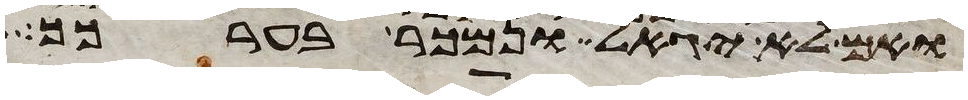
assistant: ואם לא יגאל ונמכר בערכך